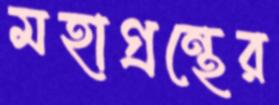
মহাগ্রন্থের